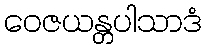
ဝေဇယန္တပါသာဒံ